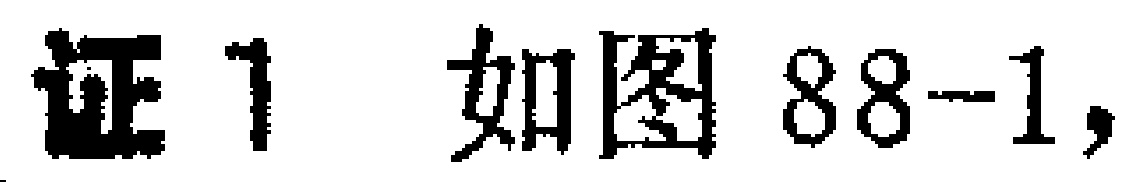
证 1 如图 88-1,